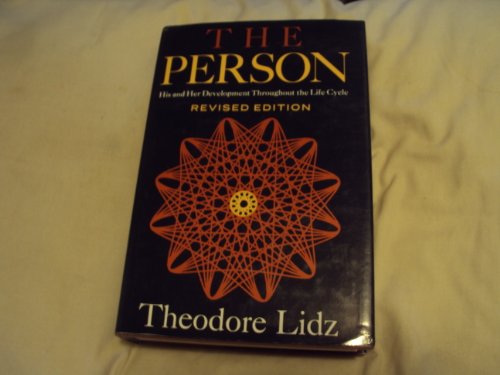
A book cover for THE PERSON: HIS AND HER DEVELOPMENT THROUGHOUT THE LIFE CYCLE; THEODORE LIDZ; Self-Help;